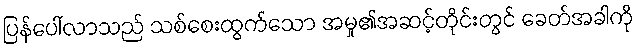
ပြန်ပေါ်လာသည် သစ်စေးထွက်သော အမှု၏အဆင့်တိုင်းတွင် ခေတ်အခါကို